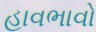
હાવભાવો